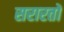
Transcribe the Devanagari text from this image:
सरारतों